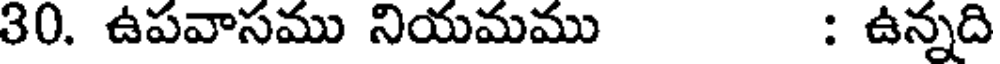
30. ఉపవాసము నియమము : ఉన్నది